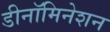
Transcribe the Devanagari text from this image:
डीनॉमिनेशन